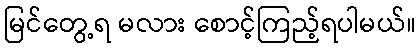
မြင်တွေ့ရ မလား စောင့်ကြည့်ရပါမယ်။